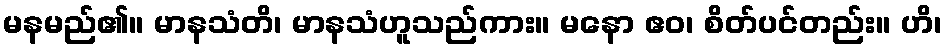
မနမည်၏။ မာနသံတိ၊ မာနသံဟူသည်ကား။ မနော ဧဝ၊ စိတ်ပင်တည်း။ ဟိ၊